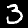
Digit: 3